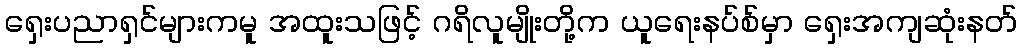
ရှေးပညာရှင်များကမူ အထူးသဖြင့် ဂရိလူမျိုးတို့က ယူရေးနပ်စ်မှာ ရှေးအကျဆုံးနတ်